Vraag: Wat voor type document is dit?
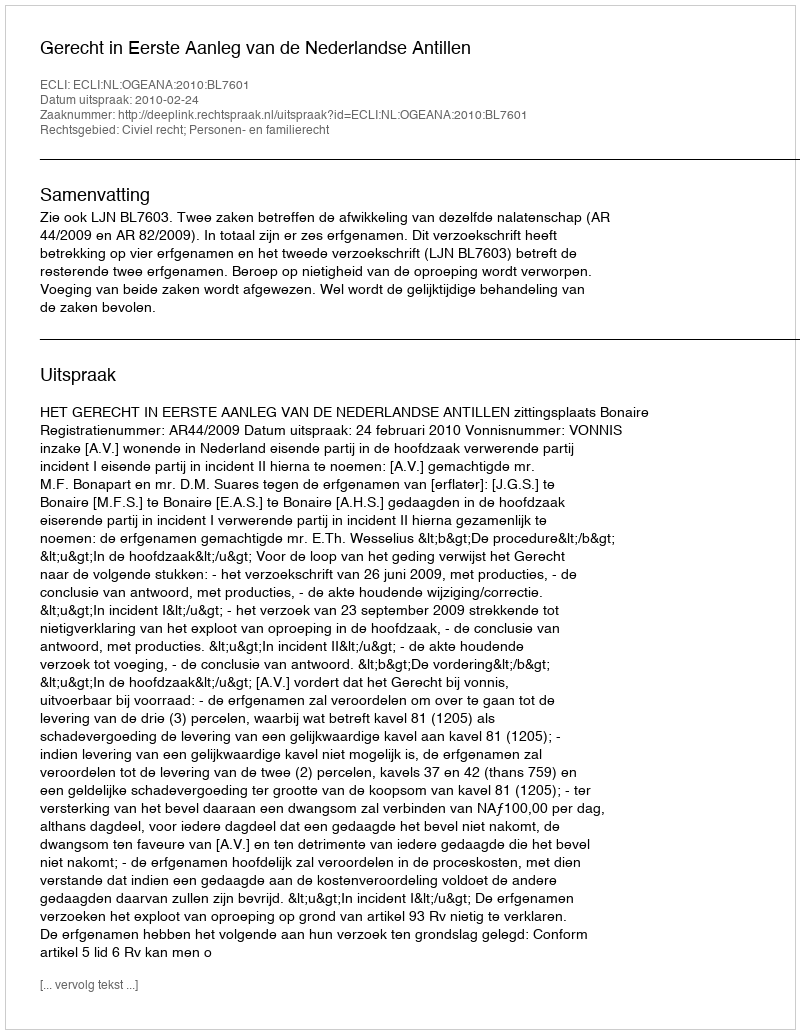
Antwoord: Uitspraak